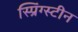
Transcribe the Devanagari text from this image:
स्प्रिंग्स्टीन